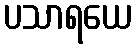
ပသာရယေ